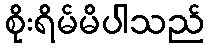
စိုးရိမ်မိပါသည်